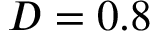
D = 0 . 8